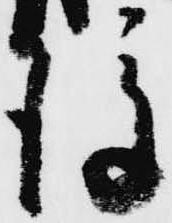
後